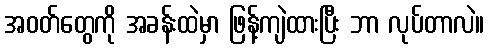
အဝတ်တွေကို အခန်းထဲမှာ ဖြန့်ကျဲထားပြီး ဘာ လုပ်တာလဲ။